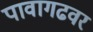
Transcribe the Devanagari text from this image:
पावागढवर